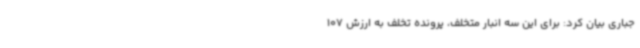
جباری بیان کرد: برای این سه انبار متخلف، پرونده تخلف به ارزش 107